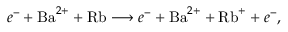
e ^ { - } + \mathrm { B a } ^ { 2 + } + \mathrm { R b } \longrightarrow e ^ { - } + \mathrm { B a } ^ { 2 + } + \mathrm { R b } ^ { + } + e ^ { - } ,